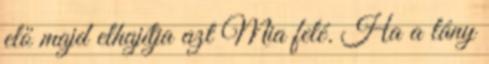
elő majd elhajítja azt Mia felé. Ha a lány